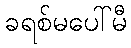
ခရစ်မပေါ်မီ